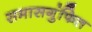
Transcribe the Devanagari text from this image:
समासगुंफित